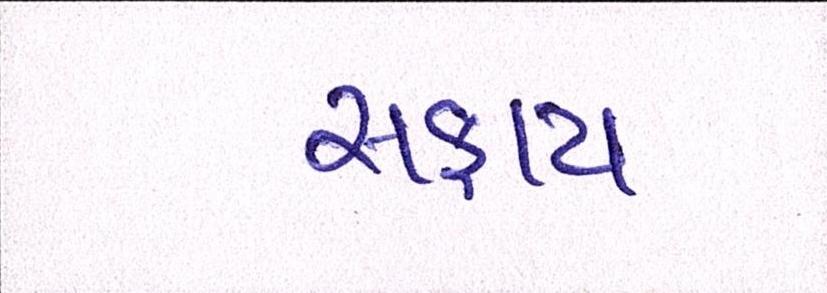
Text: સફાય